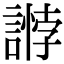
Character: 𧪶